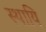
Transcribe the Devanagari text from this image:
स्थायि